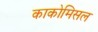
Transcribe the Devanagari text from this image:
काकोमिसल